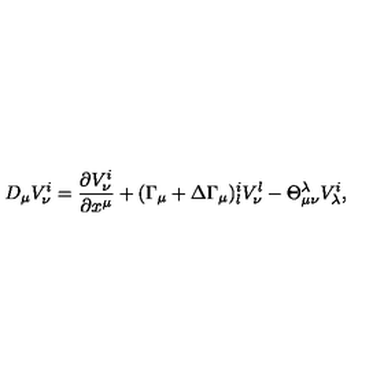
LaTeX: D _ { \mu } V _ { \nu } ^ { i } = \frac { \partial V _ { \nu } ^ { i } } { \partial x ^ { \mu } } + ( \Gamma _ { \mu } + \Delta \Gamma _ { \mu } ) _ { l } ^ { i } V _ { \nu } ^ { l } - \Theta _ { \mu \nu } ^ { \lambda } V _ { \lambda } ^ { i } ,